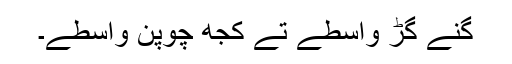
گنّے گُڑ واسطے تے کُجھ چوپن واسطے۔